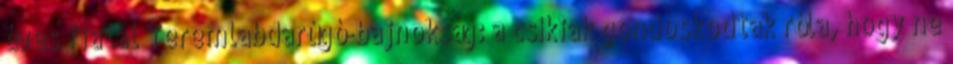
éves fiatal Teremlabdarúgó-bajnokság: a csíkiak gondoskodtak róla, hogy ne